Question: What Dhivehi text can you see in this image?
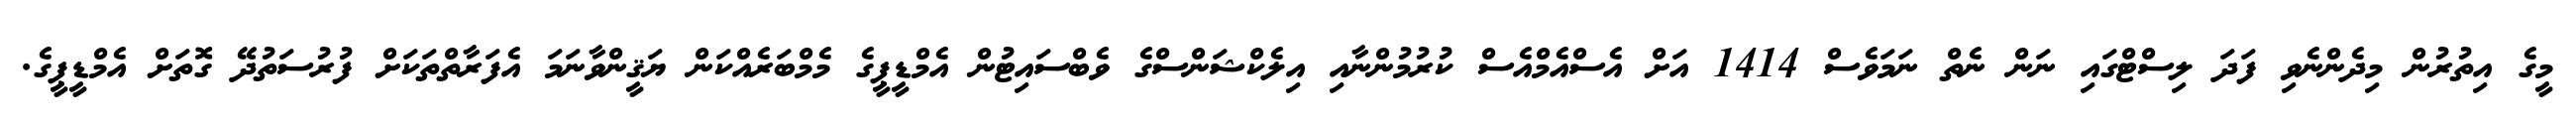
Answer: މީގެ އިތުރުން މިދެންނެވި ފަދަ ލިސްޓްގައި ނަން ނެތް ނަމަވެސް 1414 އަށް އެސްއެމްއެސް ކުރުމުންނާއި އިލެކްޝަންސްގެ ވެބްސައިޓުން އެމްޑީޕީގެ މެމްބަރެއްކަން ޔަޤީންވާނަމަ އެފަރާތްތަކަށް ފުރުސަތުދޭ ގޮތަށް އެމްޑީޕީގެ.